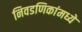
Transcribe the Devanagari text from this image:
निवडणिकांमध्ये